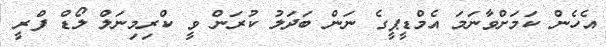
އެހެން ކަމަށްވާނަމަ އެމްޑީޕީގެ ނަން ބަދަލު ކުރަން ވީ ކްރިމިނަލް ލޯޑް ފްރީ